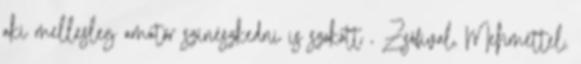
aki mellesleg amatőr színészkedni is szokott , Zsófival, Mehmettel,